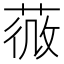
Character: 𦵌